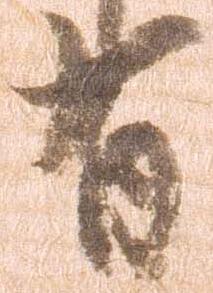
有